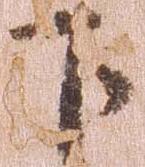
下